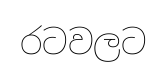
රටවලට